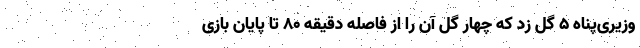
وزیری‌پناه ۵ گل زد که چهار گل آن را از فاصله دقیقه ۸۰ تا پایان بازی